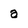
Character: a